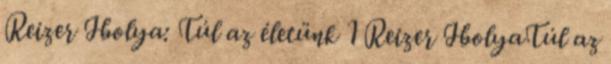
Reizer Ibolya: Túl az életünk 1 Reizer IbolyaTúl az